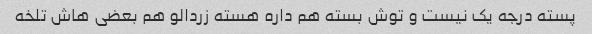
پسته درجه یک نیست و توش بسته هم داره هسته زردالو هم بعضی هاش تلخه